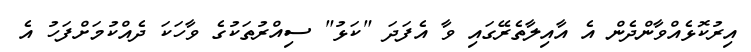
އިރުކޮޅެއްވާންދެން އެ އާއިލާތެރޭގައި ވާ އެފަދަ "ކަޅު" ސިއްރުތަކުގެ ވާހަކަ ދެއްކުމަށްފަހު އެ